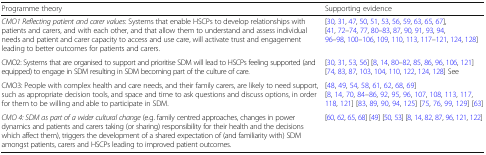
| Programme theory | Supporting evidence |
 | --- | --- |
 | CMO1 Reflecting patient and carer values: Systems that enable HSCPs to develop relationships with patients and carers, and with each other, and that allow them to understand and assess individual needs and patient and carer capacity to access and use care, will activate trust and engagement leading to better outcomes for patients and carers. | [30, 31, 47, 50, 51, 53, 56, 59, 63, 65, 67], [41, 72–74, 77, 80–83, 87, 90, 91, 93, 94, 96–98, 100–106, 109, 110, 113, 117–121, 124, 128] |
 | CMO2: Systems that are organised to support and prioritise SDM will lead to HSCPs feeling supported (and equipped) to engage in SDM resulting in SDM becoming part of the culture of care. | [30, 31, 53, 56] [8, 14, 80–82, 85, 86, 96, 106, 121] [74, 83, 87, 103, 104, 110, 122, 124, 128] See |
 | CMO3: People with complex health and care needs, and their family carers, are likely to need support, such as appropriate decision tools, and space and time to ask questions and discuss options, in order for them to be willing and able to participate in SDM. | [48, 49, 54, 58, 61, 62, 68, 69] [8, 14, 70, 84–86, 92, 95, 96, 107, 108, 113, 117, 118, 121] [83, 89, 90, 94, 125] [75, 76, 99, 129] [63] |
 | CMO 4: SDM as part of a wider cultural change (e.g. family centred approaches, changes in power dynamics and patients and carers taking (or sharing) responsibility for their health and the decisions which affect them), triggers the development of a shared expectation of (and familiarity with) SDM amongst patients, carers and HSCPs leading to improved patient outcomes. | [60, 62, 65, 68] [49] [50, 53] [8, 14, 82, 87, 96, 121, 122] |